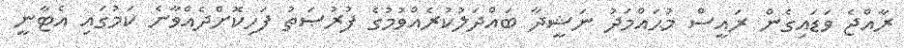
ރާއްޖެ ވަޑައިގެން ރައީސް މުޙައްމަދު ނަޝީދާ ބައްދަލުކުރެއްވުމުގެ ފުރުޞަތު ފަހިކޮށްދެއްވާނެ ކަމުގައި އެޓާނީ